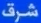
شرق